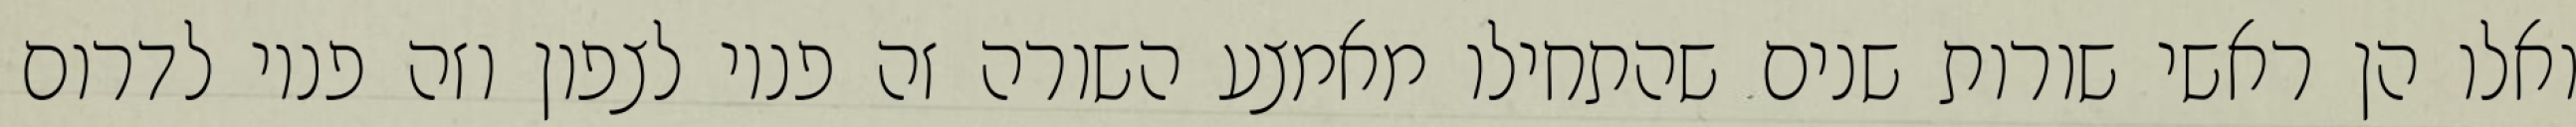
ואלו הן ראשי שורות שנים שהתחילו מאמצע השורה זה פניו לצפון וזה פניו לדרום